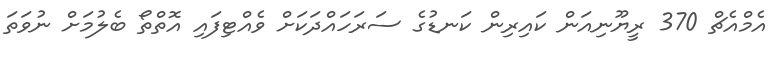
އެމްއެޗް 370 ރީޔޫނިއަން ކައިރިން ކަނޑުގެ ސަރަހައްދަކަށް ވެއްޓިފައި އޮތްތޯ ބެލުމަށް ނުވަތަ